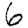
Digit: 6